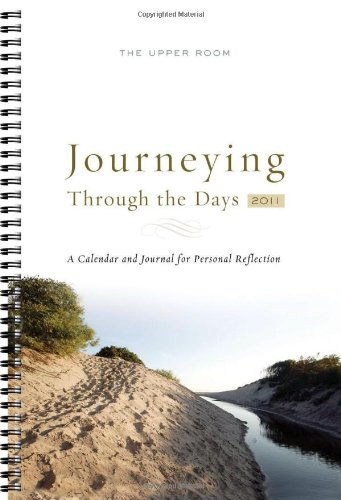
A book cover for Journeying Through The Days 2011:  A Calendar and Journal for Personal Reflection; Grace Imathiu; Calendars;